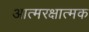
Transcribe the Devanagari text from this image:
आत्मरक्षात्मक